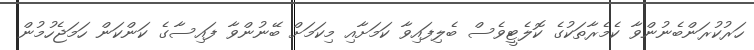
ހަރުކުރަންބެނުންވާ ކެމެރާތަކުގެ ކޮލެޓީވެސް ބެލިފައިވާ ކަމަށާއި މިކަމަށް ބޭނުންވާ ފައިސާގެ ކަންކަން ހަމަޖެހުމުން